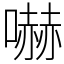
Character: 嚇